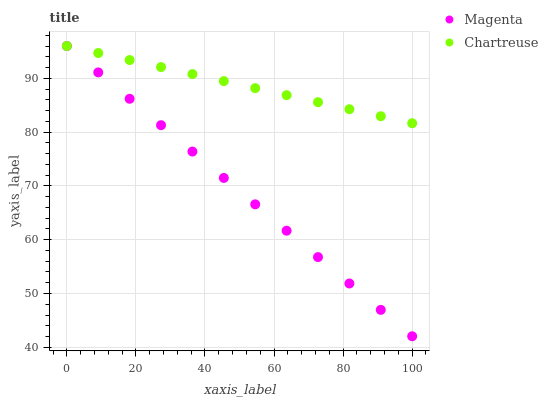
| xaxis_label | Magenta | Chartreuse |
 | --- | --- | --- |
 | 0 | 96 | 96 |
 | 9.09 | 91.1 | 94.7 |
 | 18.2 | 86.2 | 93.4 |
 | 27.3 | 81.3 | 92.1 |
 | 36.4 | 76.4 | 90.8 |
 | 45.5 | 71.5 | 89.5 |
 | 54.5 | 66.6 | 88.2 |
 | 63.6 | 61.7 | 86.9 |
 | 72.7 | 56.8 | 85.6 |
 | 81.8 | 51.9 | 84.3 |
 | 90.9 | 47 | 83 |
 | 100 | 42.1 | 81.6 |